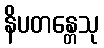
နိပတန္တေသု